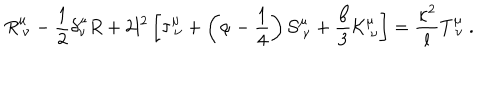
LaTeX: R _ { \ \nu } ^ { \mu } - { \frac { 1 } { 2 } } \delta _ { \nu } ^ { \mu } R + 2 l ^ { 2 } \left[ \tau _ { \ \nu } ^ { \mu } + \left( \alpha - { \frac { 1 } { 4 } } \right) { \cal S } _ { \ \nu } ^ { \mu } + { \frac { \beta } { 3 } } { \cal K } _ { \ \nu } ^ { \mu } \right] = { \frac { \kappa ^ { 2 } } { l } } T _ { \ \nu } ^ { \mu } \ .